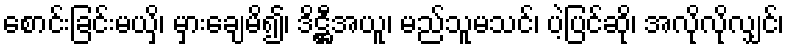
စောင်းခြင်းမယှိ၊ မှားချေမိ၍၊ ဒိဋ္ဌီအယူ၊ မည်သူမသင်၊ ပဲ့ပြင်ဆို၊ အလိုလိုလျှင်၊